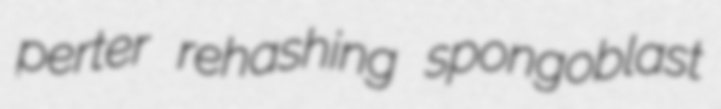
perter rehashing spongoblast